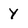
Character: y